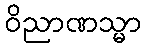
ဝိညာဏသ္မာ